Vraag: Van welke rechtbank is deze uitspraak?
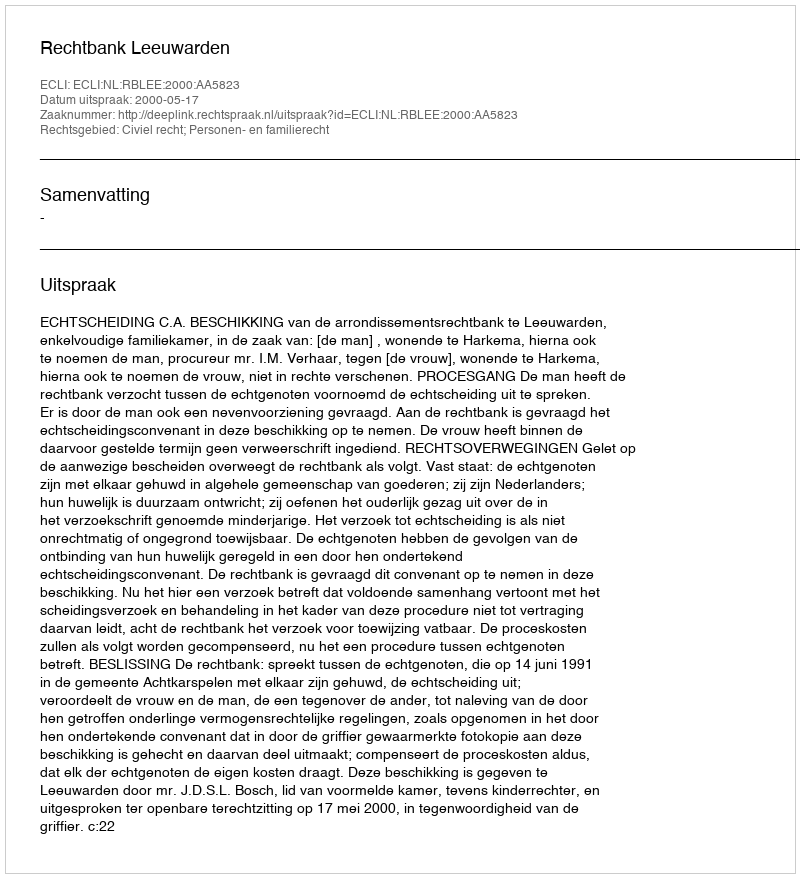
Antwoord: Rechtbank Leeuwarden